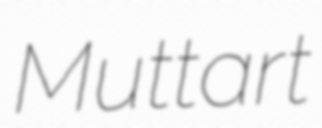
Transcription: Muttart